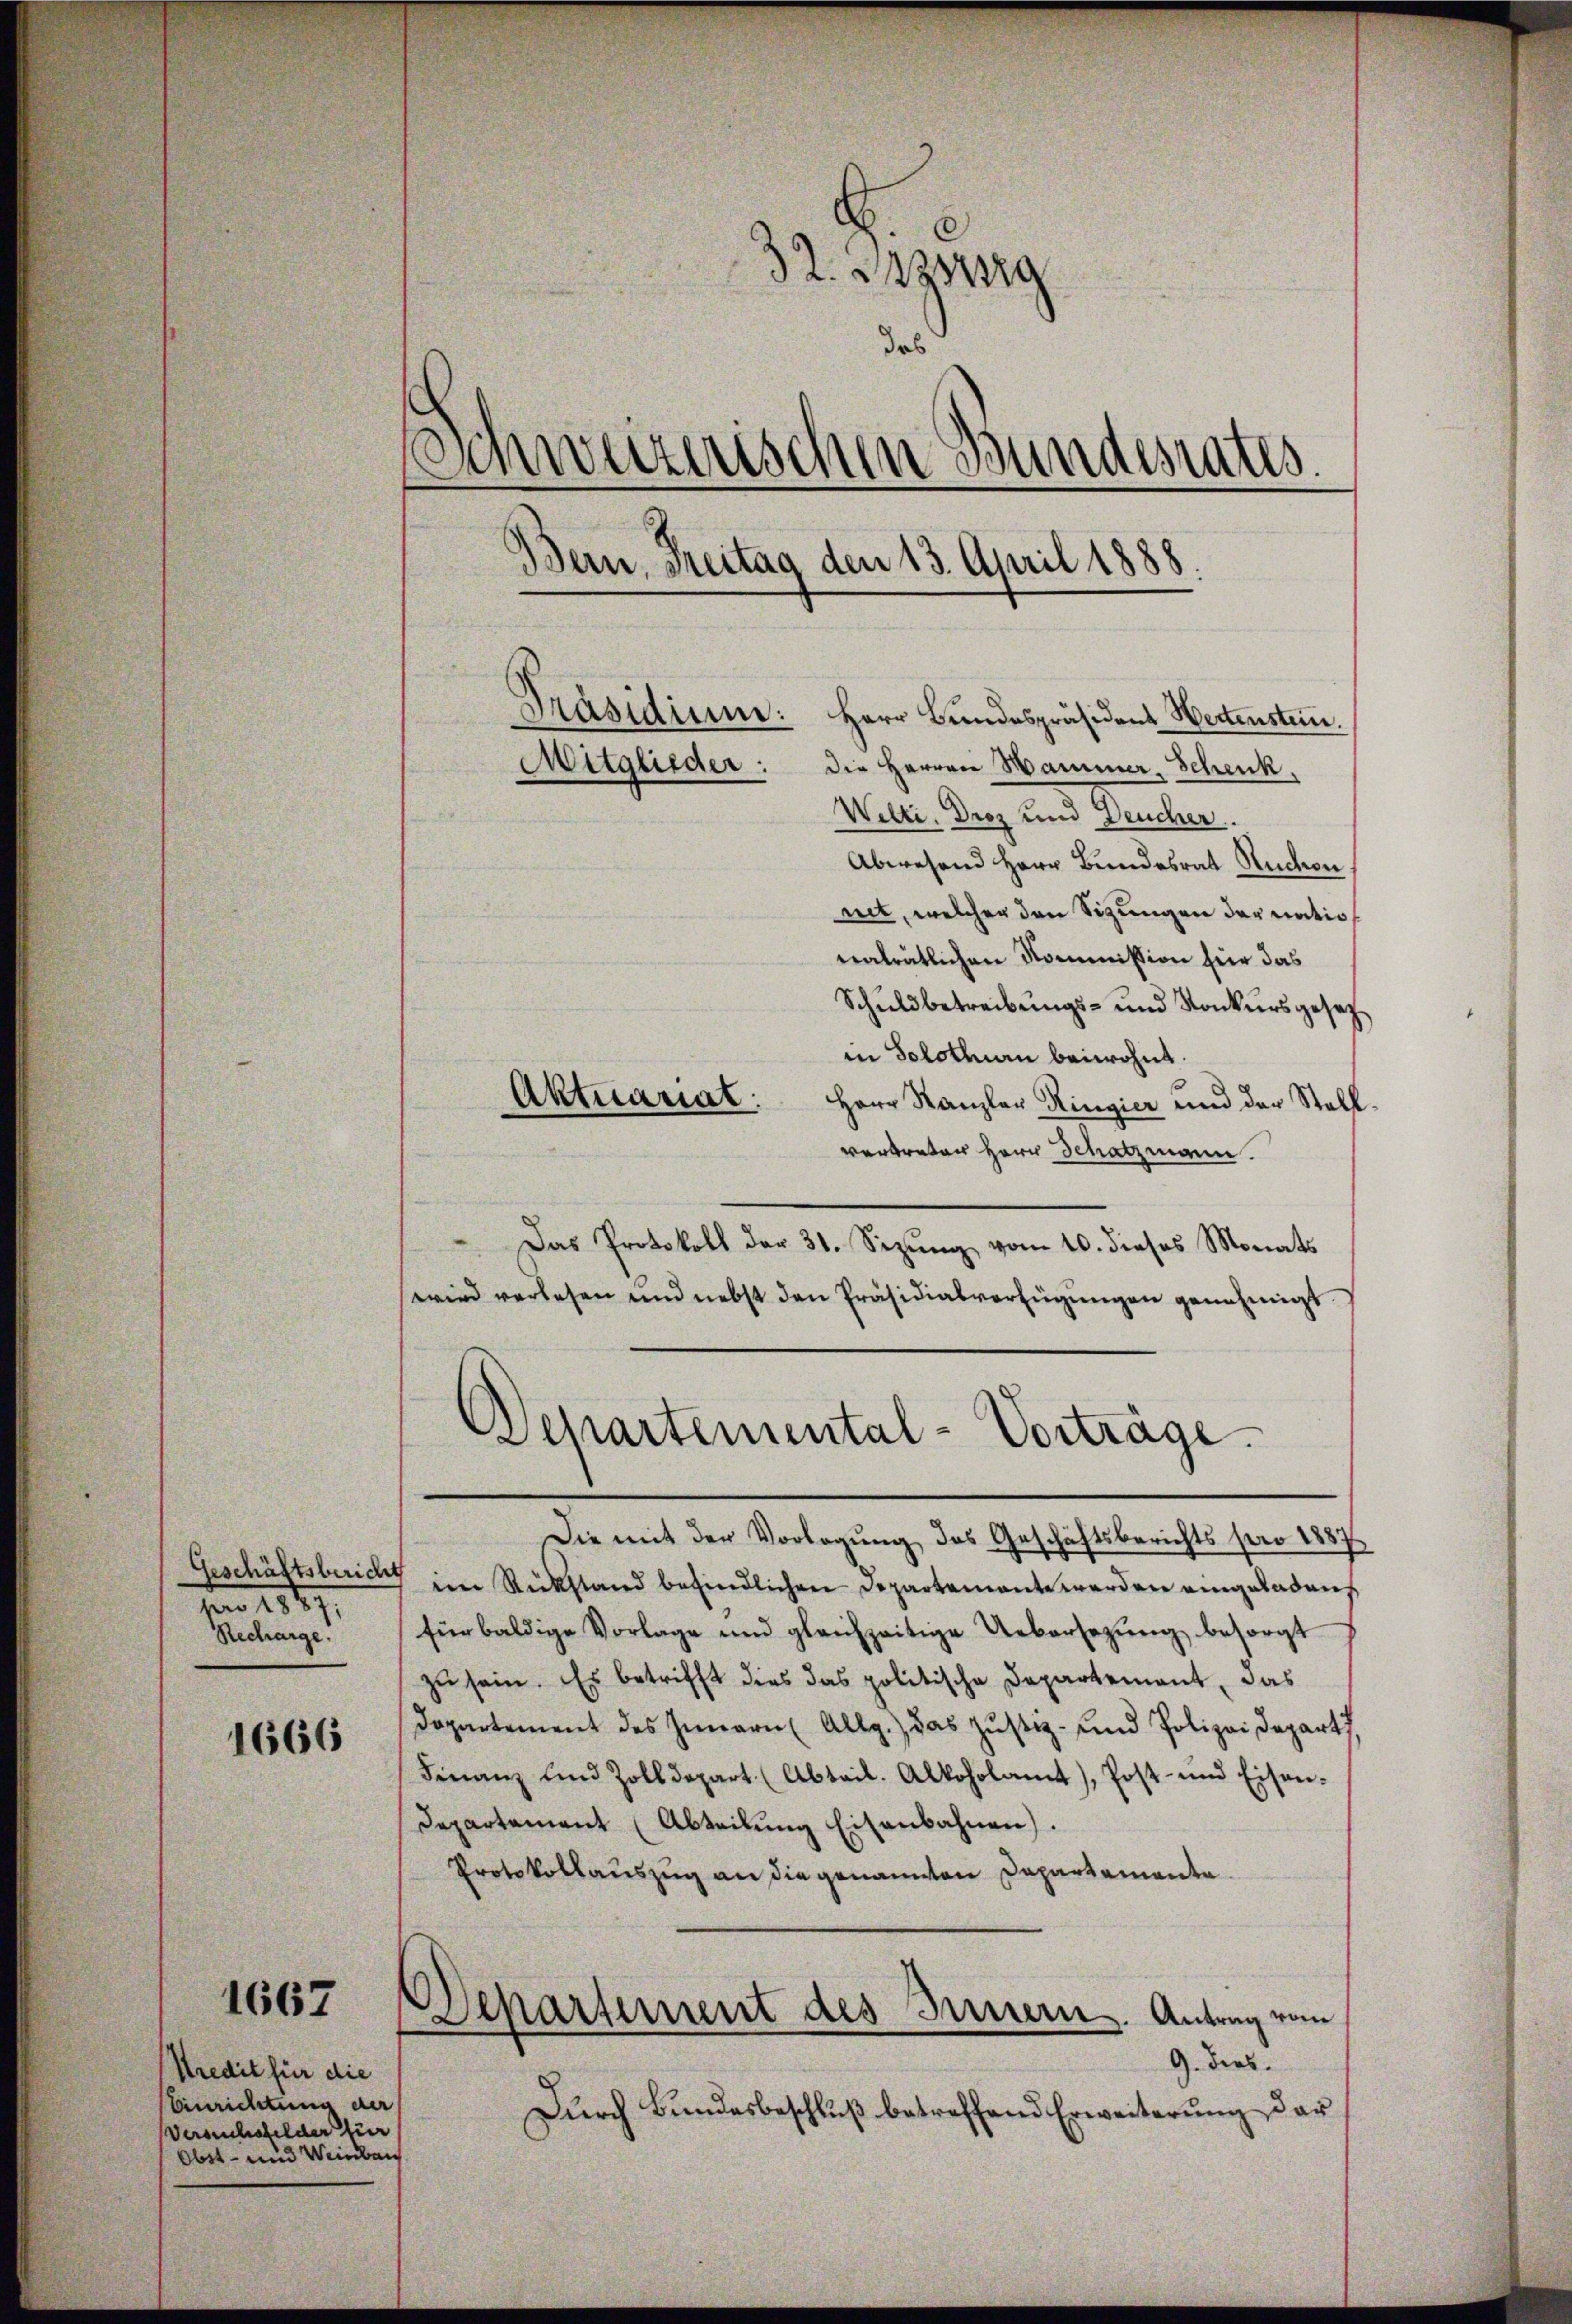
Geschäftsbericht
 1849
Sutunge

1666

1667

Kredit für die
Einrichtung der
Versuchsfelder für
Obst- und Weinbau

32. Dag
das
Schweizerischen Bundesrates.
Bern. Freitag den 13. April 1888.
Präsidium: Herr Bundespräsident Wertenstein.
Mitglieder: die Herren Mammer Schenk
Welti, Droz und Deucher.

Abwesend Herr Bundesrat Rücken
net, welcher den Sizungen der natio
nalrätlichen Kommission für das
Schuldbetreibungs- und Konkursgesetz
in Solothurn beiwohnt.
Aktuariat: Herr Kanzler Ringier und der Stell
vertreter Herr Schatzmann.
Das Protokoll der 31. Sezŭng vom 10. dieses Monats
wird verlesen und nebst den Präsidialverfügungen genehmigt
Die mit der Vorlegung des Geschäftsberichts pro 1887
im Rückstand befindlichen Departemente werden eingeladen
für baldige Vorlage und gleichzeitige Uebersetzŭng besorgt
zu sein. Es betrifft dies das politische Departement, das
Dopartement des Innern (Allg. das Justiz- und Polizeidepart
Finanz und Zolldepart (Abtail. Alkoholamt), Post- und Eisen-
Departement (Abteilung Eisenbahnen).
Protokollauszug an die genannten Dapartemente.
Departement des Innern. Antrag vom
9. Dies
Durch Bundesbeschluß betreffend Erweiterung der

Departemental-Vorträge.